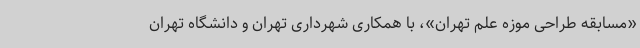
«مسابقه طراحی موزه علم تهران»، با همکاری شهرداری تهران و دانشگاه تهران